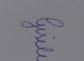
Signature authenticity: genuine